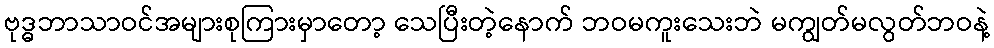
ဗုဒ္ဓဘာသာဝင်အများစုကြားမှာတော့ သေပြီးတဲ့နောက် ဘဝမကူးသေးဘဲ မကျွတ်မလွတ်ဘဝနဲ့